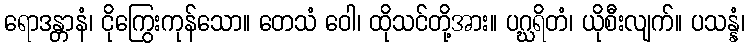
ရောဒန္တာနံ၊ ငိုကြွေးကုန်သော။ တေသံ ဝေါ၊ ထိုသင်တို့အား။ ပဂ္ဃရိတံ၊ ယိုစီးလျက်။ ပသန္နံ၊